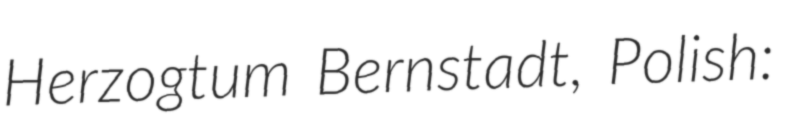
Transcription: Herzogtum Bernstadt, Polish: